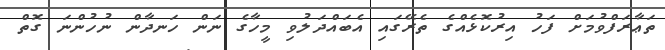
ތަޢާރަފްވުމަށް ފަހު އިރުކޮޅެއްގެ ތެރޭގައި އެބައްދަލުވި މީހާގެ ނަން ހަނދާން ނުހުންނަ ގޮތް